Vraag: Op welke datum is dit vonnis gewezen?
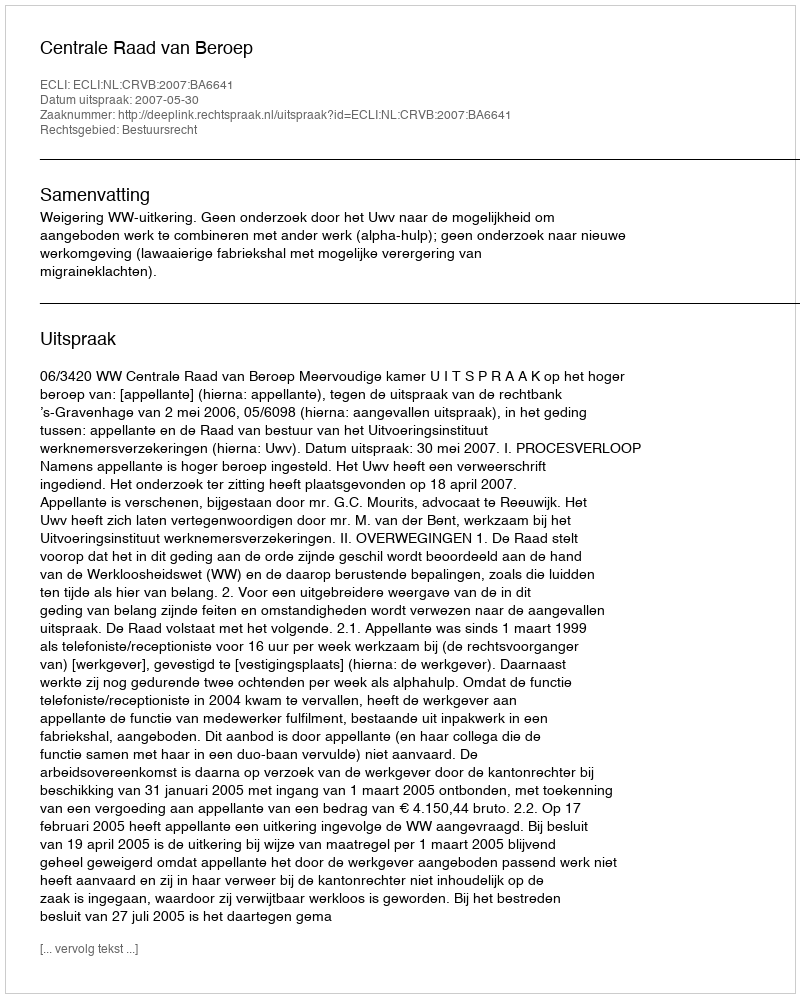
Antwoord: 2007-05-30